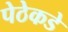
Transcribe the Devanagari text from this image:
पेठेकडे